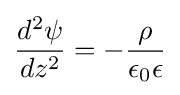
{\frac {d^{2}\psi }{dz^{2}}}=-{\frac {\rho }{\epsilon _{0}\epsilon }}